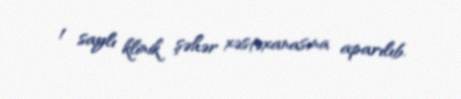
1 saylı klinik şəhər xəstəxanasına aparılıb.